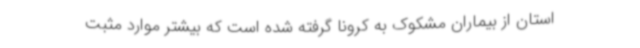
استان از بیماران مشکوک به کرونا گرفته شده است که بیشتر موارد مثبت